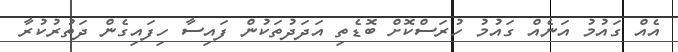
އެއް ގައުމު އަނެއް ގައުމު ހުރަސްކޮށް ބޮޑެތި އަދަދުތަކުން ފައިސާ ހިފައިގެން ދަތުރުކުރާ